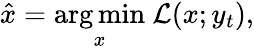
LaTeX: \hat{x}=\underset{x}{\arg\operatorname*{min}}\ \mathcal{L}(x;y_{t}),